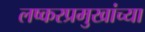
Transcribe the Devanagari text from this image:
लष्करप्रमुखांच्या